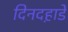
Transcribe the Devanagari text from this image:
दिनदह़ाडे